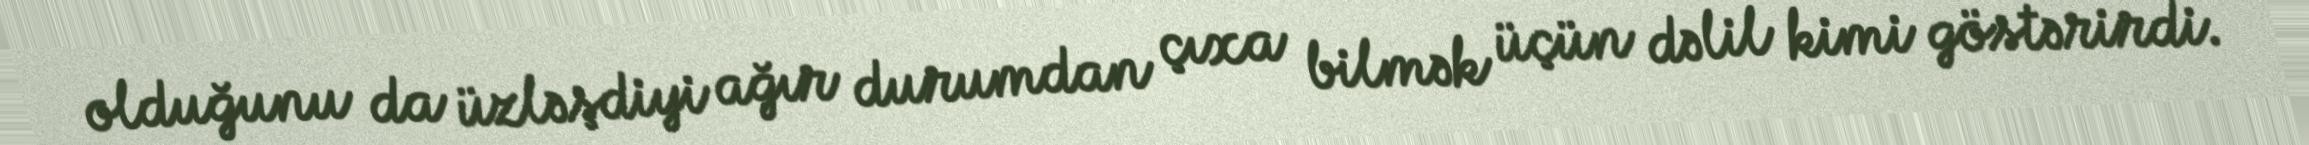
olduğunu da üzləşdiyi ağır durumdan çıxa bilmək üçün dəlil kimi göstərirdi.